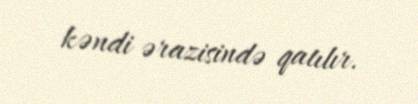
kəndi ərazisində qatılır.